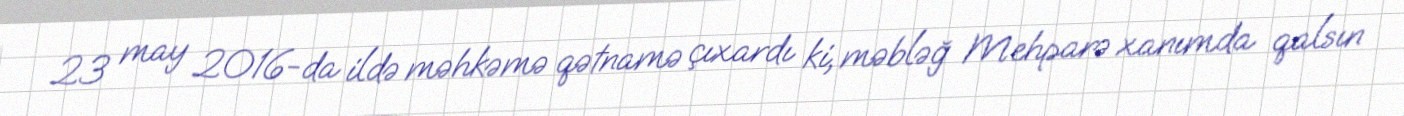
23 may 2016-da ildə məhkəmə qətnamə çıxardı ki, məbləğ Mehparə xanımda qalsın